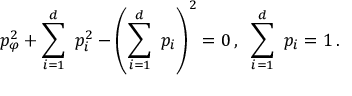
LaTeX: p _ { \varphi } ^ { 2 } + \sum _ { i = 1 } ^ { d } \ p _ { i } ^ { 2 } - \left( \sum _ { i = 1 } ^ { d } \ p _ { i } \right) ^ { 2 } = 0 \, , \; \; \sum _ { i = 1 } ^ { d } \ p _ { i } = 1 \, .